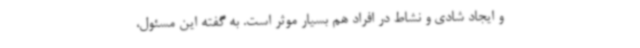
و ایجاد شادی و نشاط در افراد هم بسیار موثر است. به گفته این مسئول،